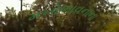
મનોભાવનાના